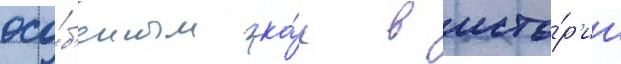
осо́б'енным ка́к в исто́р'ии